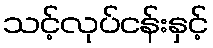
သင့်လုပ်ငန်းနှင့်